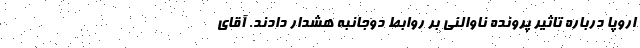
اروپا درباره تاثیر پرونده ناوالنی بر روابط دوجانبه هشدار دادند. آقای